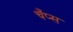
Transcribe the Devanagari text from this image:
चँप्स